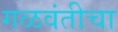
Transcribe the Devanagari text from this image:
गळवंतीचा